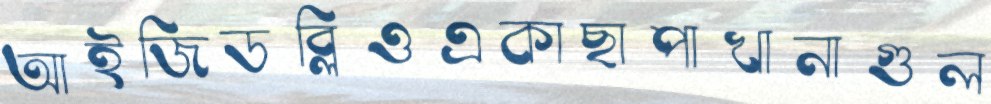
আইজিডব্লিওএকাছাপাখানাগুল